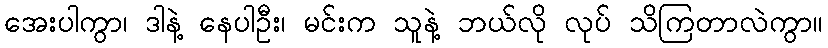
အေးပါကွာ၊ ဒါနဲ့ နေပါဦး၊ မင်းက သူနဲ့ ဘယ်လို လုပ် သိကြတာလဲကွာ။